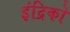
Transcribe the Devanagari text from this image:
इंद्रिको